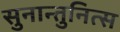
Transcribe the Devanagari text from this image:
सुनान्तुनित्स